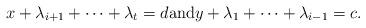
LaTeX: \begin{align*}x+\lambda_{i+1}+\cdots+\lambda_{t}=d\textrm{and}y+\lambda_{1}+\cdots+\lambda_{i-1}=c.\end{align*}